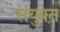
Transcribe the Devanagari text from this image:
संयुक्त़